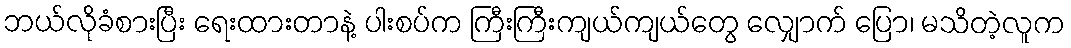
ဘယ်လိုခံစားပြီး ရေးထားတာနဲ့ ပါးစပ်က ကြီးကြီးကျယ်ကျယ်တွေ လျှောက် ပြော၊ မသိတဲ့လူက